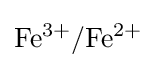
\mathrm {Fe^{3+}/Fe^{2+}}